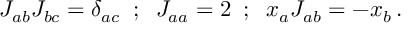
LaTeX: J _ { a b } J _ { b c } = \delta _ { a c } \; \; ; \; \; J _ { a a } = 2 \; \; ; \; \; x _ { a } J _ { a b } = - x _ { b } \, .